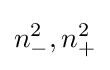
n_{-}^{2},n_{+}^{2}